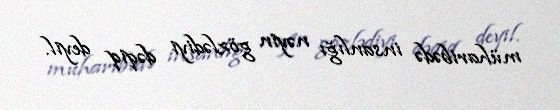
müharibədə insanlığı nəyin gözlədiyi dəqiq deyil.